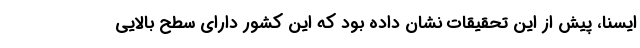
ایسنا،‌ پیش از این تحقیقات نشان داده بود که این کشور دارای سطح بالایی